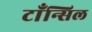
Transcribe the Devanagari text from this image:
टाँन्सिल